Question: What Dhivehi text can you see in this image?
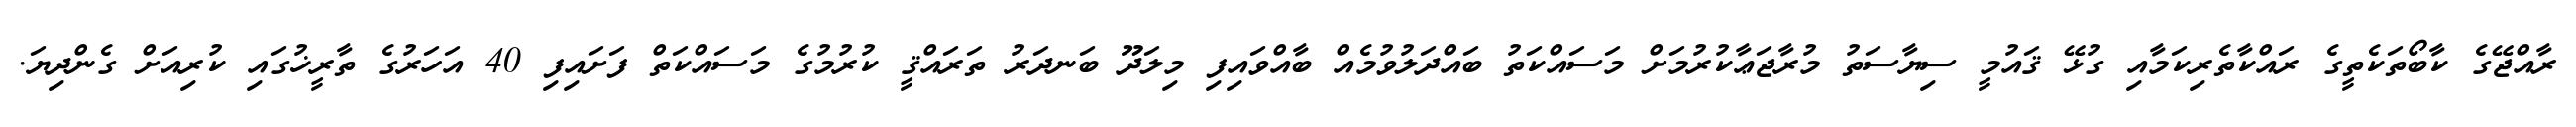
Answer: ރާއްޖޭގެ ކާބޯތަކެތީގެ ރައްކާތެރިކަމާއި ގުޅޭ ޤައުމީ ސިޔާސަތު މުރާޖަޢާކުރުމަށް މަސައްކަތު ބައްދަލުވުމެއް ބާއްވައިފި މިލަދޫ ބަނދަރު ތަރައްޤީ ކުރުމުގެ މަސައްކަތް ފަށައިފި 40 އަހަރުގެ ތާރީޚުގައި ކުރިއަށް ގެންދިޔަ.